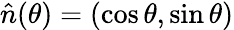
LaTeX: \hat{n}(\theta)=(\cos\theta,\sin\theta)